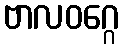
ဗာလဝဂ္ဂေ